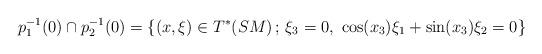
LaTeX: \begin{align*}p_1^{-1}(0) \cap p_2^{-1}(0) = \{ (x, \xi) \in T^*(SM) \,;\, \xi_3 = 0, \ \cos(x_3) \xi_1 + \sin(x_3) \xi_2 = 0 \}\end{align*}